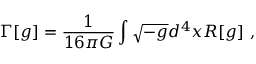
\Gamma [ g ] = { \frac { 1 } { 1 6 \pi G } } \int \sqrt { - g } d ^ { 4 } x R [ g ] ~ ,